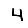
Digit: 4